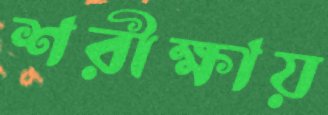
শরীক্ষায়